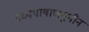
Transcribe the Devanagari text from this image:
मध्यपाषाणयुगीन